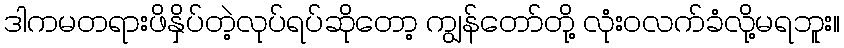
ဒါကမတရားဖိနှိပ်တဲ့လုပ်ရပ်ဆိုတော့ ကျွန်တော်တို့ လုံးဝလက်ခံလို့မရဘူး။